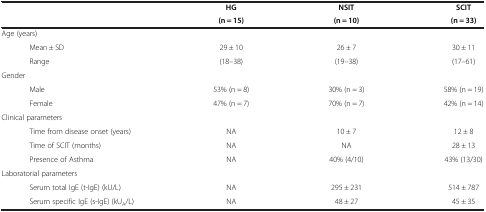
| <ROWSPAN=2>  | HG | NSIT | SCIT |
 | (n = 15) | (n = 10) | (n = 33) |
 | --- | --- | --- | --- |
 | Age (years) |  |  |  |
 | Mean ± SD | 29 ± 10 | 26 ± 7 | 30 ± 11 |
 | Range | (18–38) | (19–38) | (17–61) |
 | Gender |  |  |  |
 | Male | 53% (n = 8) | 30% (n = 3) | 58% (n = 19) |
 | Female | 47% (n = 7) | 70% (n = 7) | 42% (n = 14) |
 | Clinical parameters |  |  |  |
 | Time from disease onset (years) | NA | 10 ± 7 | 12 ± 8 |
 | Time of SCIT (months) | NA | NA | 28 ± 13 |
 | Presence of Asthma | NA | 40% (4/10) | 43% (13/30) |
 | Laboratorial parameters |  |  |  |
 | Serum total IgE (t-IgE) (kU/L) | NA | 295 ± 231 | 514 ± 787 |
 | Serum specific IgE (s-IgE) (kUA/L) | NA | 48 ± 27 | 45 ± 35 |